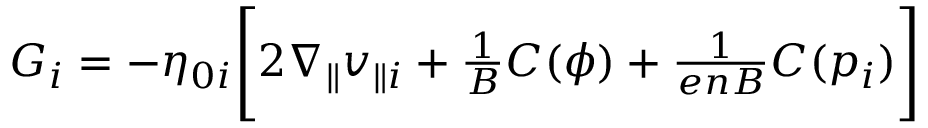
\begin{array} { r } { G _ { i } = - \eta _ { 0 i } \Bigg [ 2 \nabla _ { \parallel } v _ { \parallel i } + \frac { 1 } { B } C ( \phi ) + \frac { 1 } { e n B } C ( p _ { i } ) \Bigg ] } \end{array}